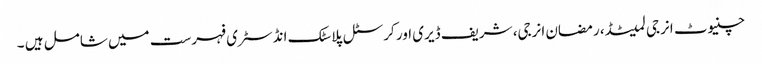
چنیوٹ انرجی لمیٹڈ، رمضان انرجی، شریف ڈیری اور کرسٹل پلاسٹک انڈسٹری فہرست میں شامل ہیں ۔